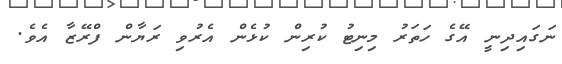
ނަގައިދިނީ އޭގެ ހަތަރު މިނިޓު ކުރިން ކުޅެން އެރުވި ރަޔާން ފްރޭޒާ އެވެ.